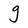
Character: g